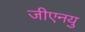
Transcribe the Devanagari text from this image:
जीएनयु